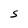
Character: S